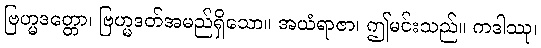
ဗြဟ္မဒတ္တော၊ ဗြဟ္မဒတ်အမည်ရှိသော။ အယံရာဇာ၊ ဤမင်းသည်။ ကဒါဿု၊